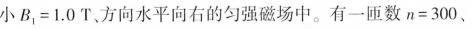
小B_{1}=1.0T、方向水平向右的匀强磁场中。有一匝数n=300.